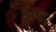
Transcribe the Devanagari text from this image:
इल्ड